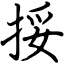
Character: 挼